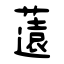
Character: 薳